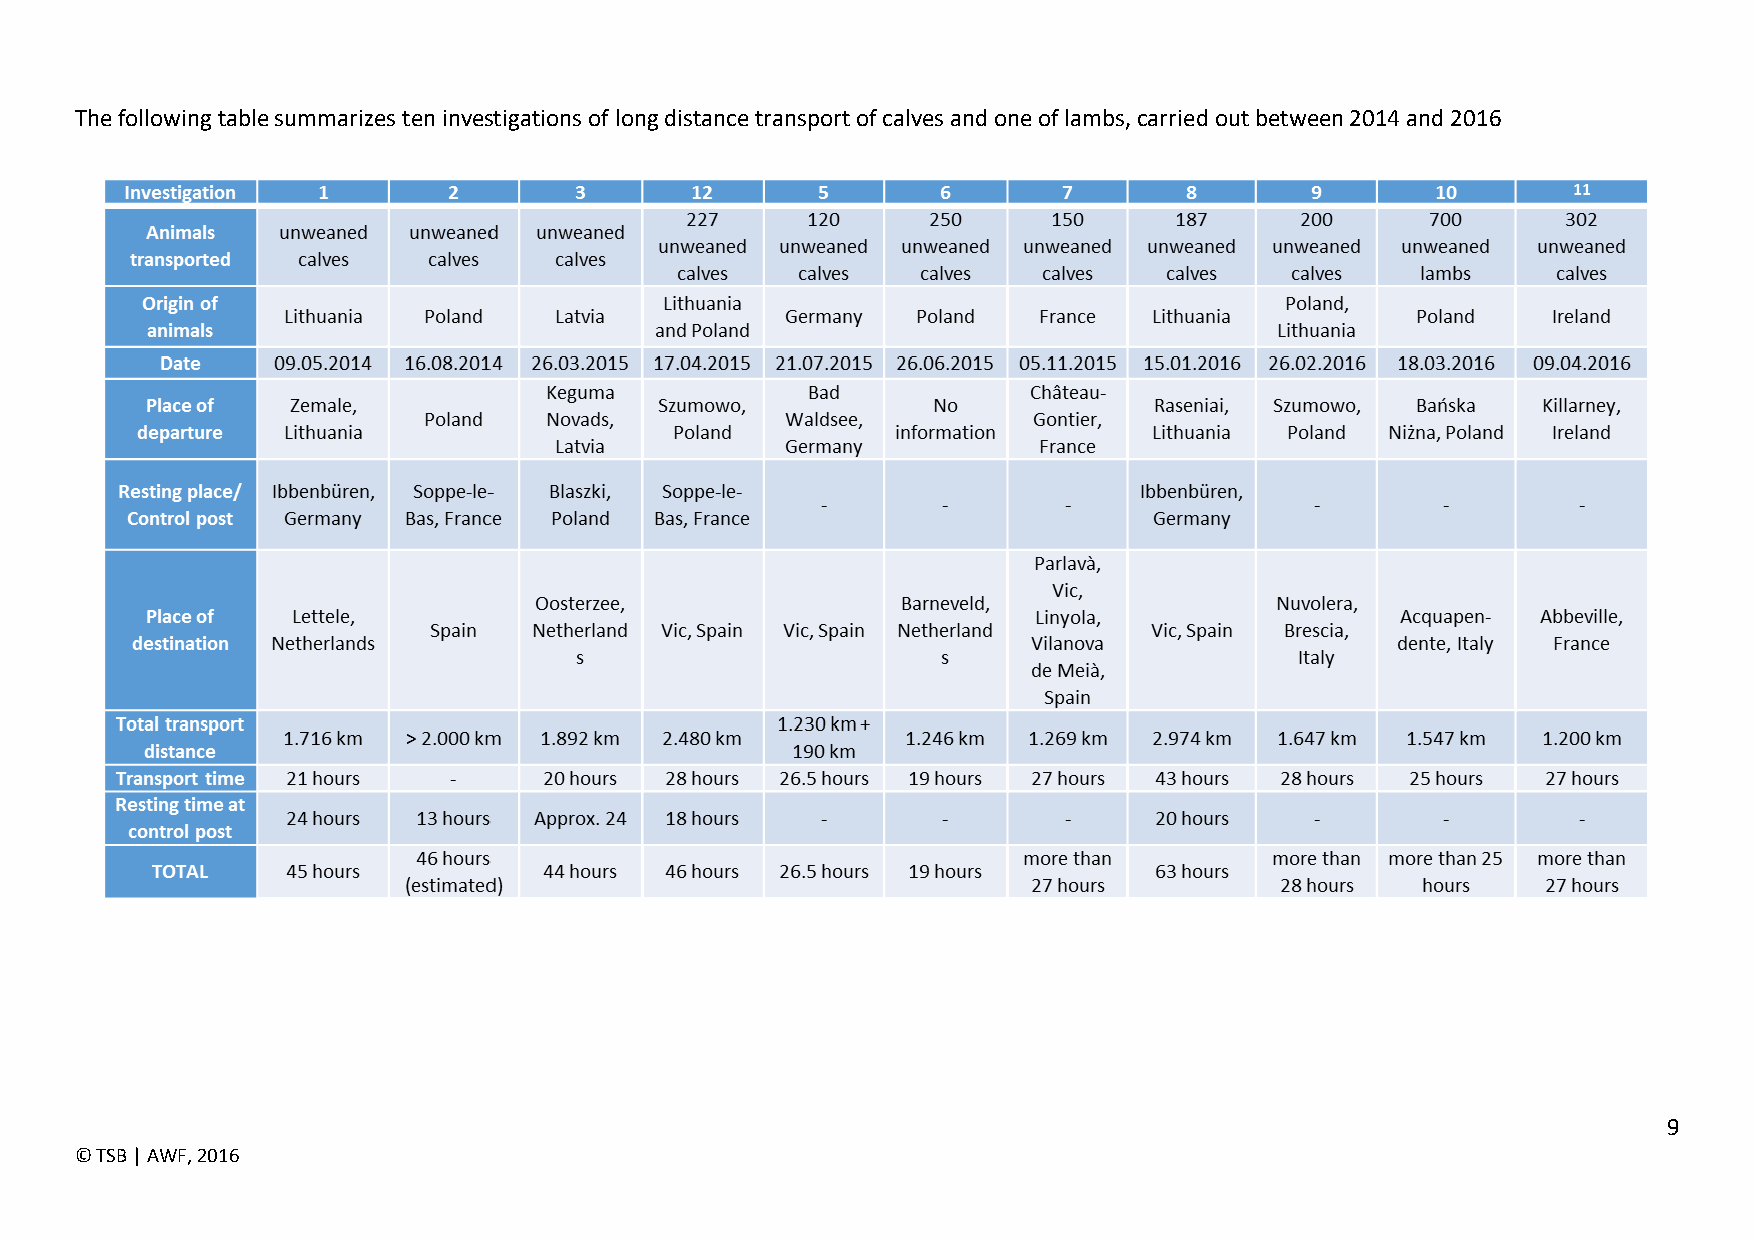
The following table summarizes ten investigations of long distance transport of calves and one of lambs, carried out between 2014 and 2016
 9
 © TSB | AWF, 2016